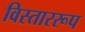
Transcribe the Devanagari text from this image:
विस्ताररूप